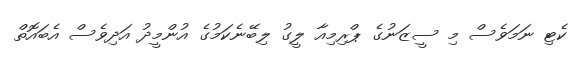
ކެޓި ނަމަވެސް މި ސީޒަނުގެ ޕްރިމިއާ ލީގު ލިބޭނެކަމުގެ އުންމީދު އަދިވެސް އެބައޮތް